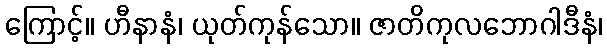
ကြောင့်။ ဟီနာနံ၊ ယုတ်ကုန်သော။ ဇာတိကုလဘောဂါဒီနံ၊